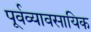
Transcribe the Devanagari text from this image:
पूर्वव्यावसायिक